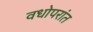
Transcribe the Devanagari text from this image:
वधोपरांत